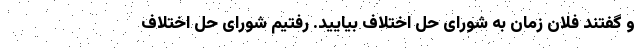
و گفتند فلان زمان به شورای حل اختلاف بیایید. رفتیم شورای حل اختلاف